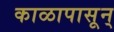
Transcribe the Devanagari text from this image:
काळापासून्